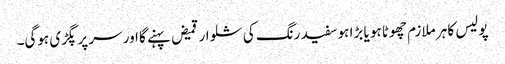
پولیس کا ہر ملازم چھوٹا ہو یا بڑا ہو سفید رنگ کی شلوار قمیض پہنے گا اور سر پر پگڑی ہوگی۔